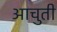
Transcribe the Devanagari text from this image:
आचुती